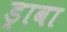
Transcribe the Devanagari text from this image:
ड्रावा